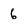
Character: 6